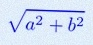
\sqrt{a^2+b^2}